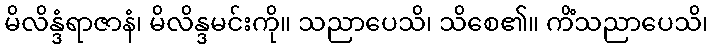
မိလိန္ဒံရာဇာနံ၊ မိလိန္ဒမင်းကို။ သညာပေသိ၊ သိစေ၏။ ကိံသညာပေသိ၊